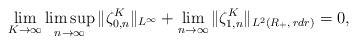
\begin{align*}\lim_{K\to\infty}\limsup_{n\to\infty}\|\zeta^K_{0,n}\|_{L^{\infty}}+\lim_{n\to\infty}\|\zeta^K_{1,n}\|_{L^2(R_+,\,rdr)}= 0,\end{align*}